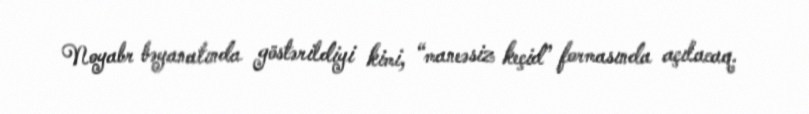
Noyabr bəyanatında göstərildiyi kimi, “maneəsiz keçid” formasında açılacaq.